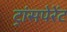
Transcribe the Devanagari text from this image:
ट्रांसपेरेंट